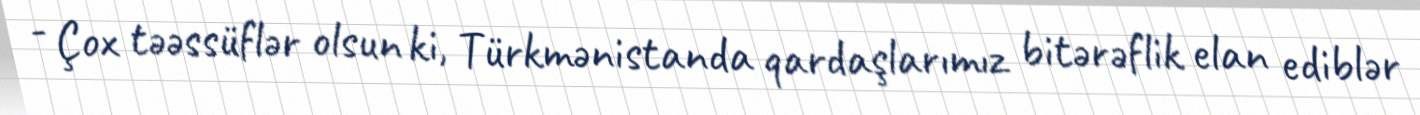
- Çox təəssüflər olsun ki, Türkmənistanda qardaşlarımız bitərəflik elan ediblər